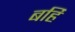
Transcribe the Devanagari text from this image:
बर्हि